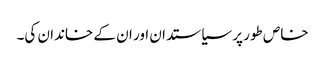
خاص طور پر سیاستدان اور ان کے خاندان کی۔